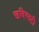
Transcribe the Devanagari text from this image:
खदिरवटी